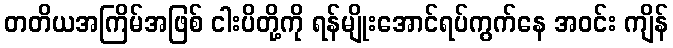
တတိယအကြိမ်အဖြစ် ငါးပိတို့ကို ရန်မျိုးအောင်ရပ်ကွက်နေ အဝင်း ကျိန်